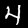
Digit: 4